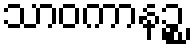
သာဝကာနဉ္စ